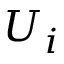
U _ { i }